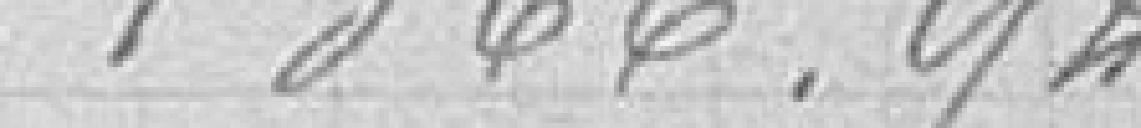
1366,92